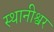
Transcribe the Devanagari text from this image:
स्थानीश्वर